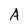
Character: A